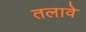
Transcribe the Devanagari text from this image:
तलावे